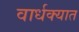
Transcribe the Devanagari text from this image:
वार्धक्यात